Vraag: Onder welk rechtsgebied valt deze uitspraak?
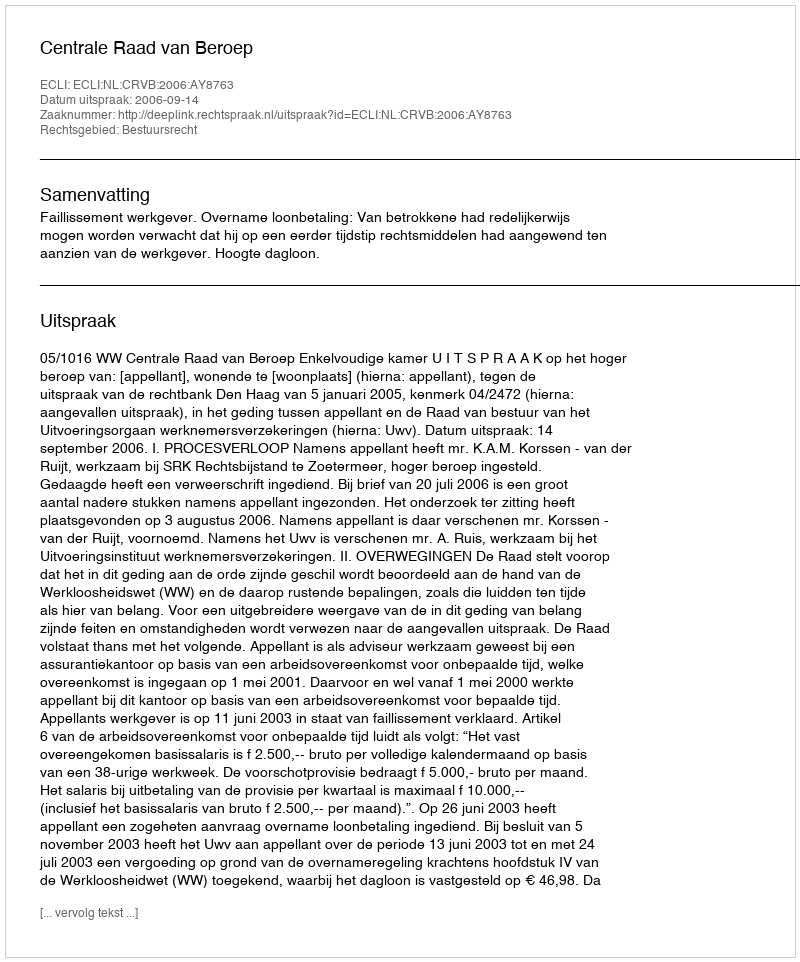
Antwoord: Bestuursrecht